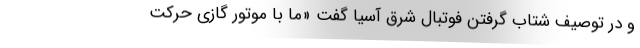
و در توصیف شتاب گرفتن فوتبال شرق آسیا گفت «ما با موتور گازی حرکت